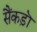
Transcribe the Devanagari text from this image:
सैंकड़ॊ